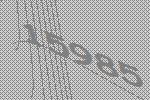
15985